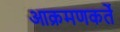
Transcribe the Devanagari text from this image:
आक्रमणकर्ते